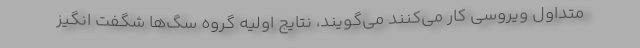
متداول ویروسی کار می‌کنند می‌گویند، نتایج اولیه گروه سگ‌ها شگفت انگیز